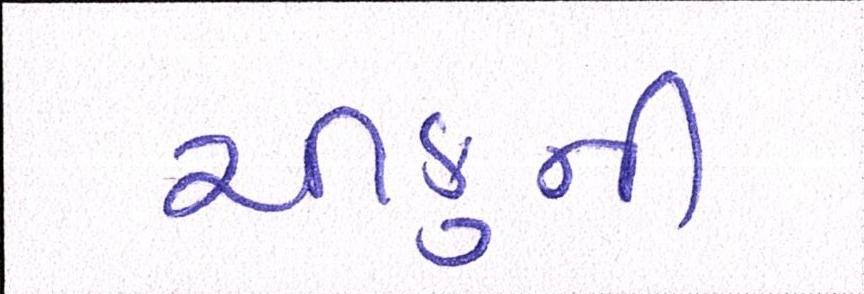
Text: ચીકુની